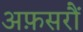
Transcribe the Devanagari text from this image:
अफ़सरौं